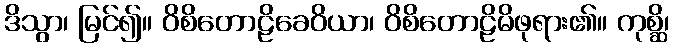
ဒိသွာ၊ မြင်၍။ ဝိစိတောဠိခေဝိယာ၊ ဝိစိတောဠိမိဖုရား၏။ ကုစ္ဆိ၊